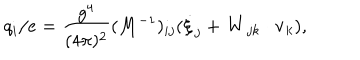
q _ { i } / e = \frac { g ^ { 4 } } { ( 4 \pi ) ^ { 2 } } ( M ^ { - 1 } ) _ { i j } ( \dot { \xi } _ { j } + { \bf W } _ { j k } \cdot { \bf v } _ { k } ) ,